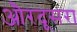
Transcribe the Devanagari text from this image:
औरदूसरा